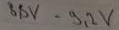
Text: 8,8V-9,2V